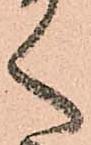
く